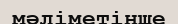
мәліметінше